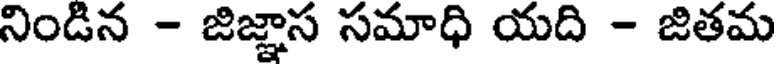
నిండిన - జిజ్ఞాస సమాధి యది - జితమ